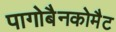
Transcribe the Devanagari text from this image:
पागोबैनकोमैट